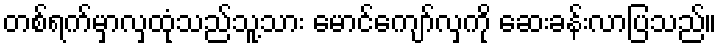
တစ်ရက်မှာလှထုံသည်သူ့သား မောင်ကျော်လှကို ဆေးခန်းလာပြသည်။